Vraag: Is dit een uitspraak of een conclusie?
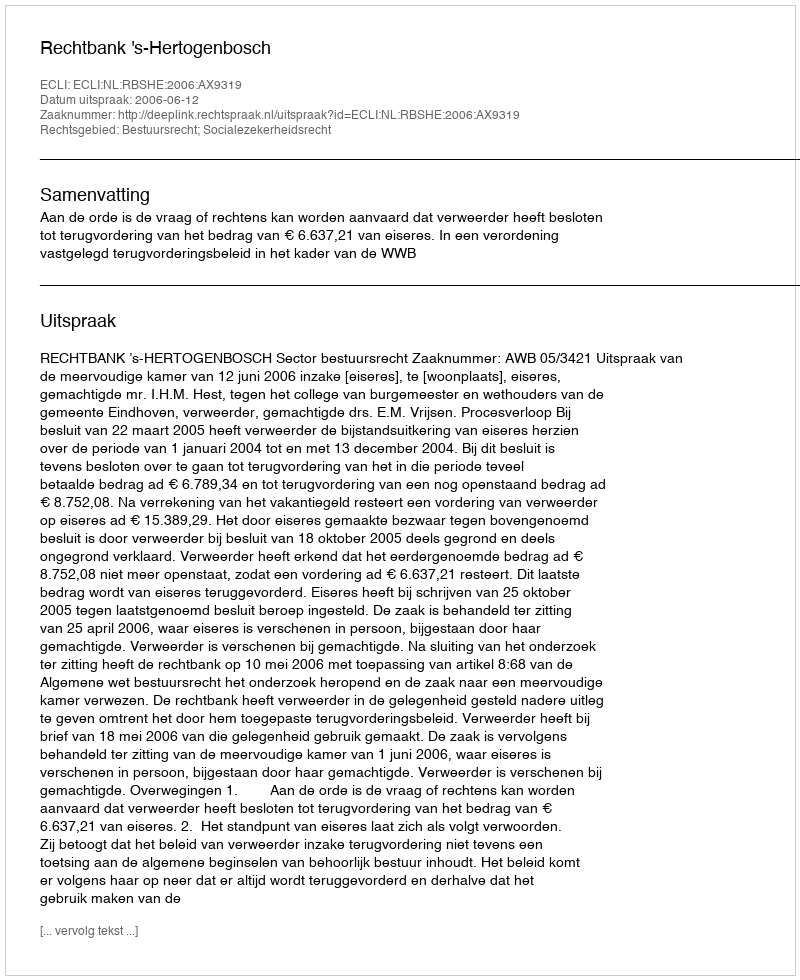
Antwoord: Uitspraak